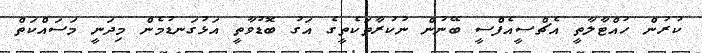
ކުރުން ހުއްޓާލާތީ އެޗްސީއެފްސީ ބޭނުން ނުކުރާތަކެތީގެ އަގު ބޮޑުވާތީ އަޅުގަނޑުމެން މިދަނީ މަސައްކަތް